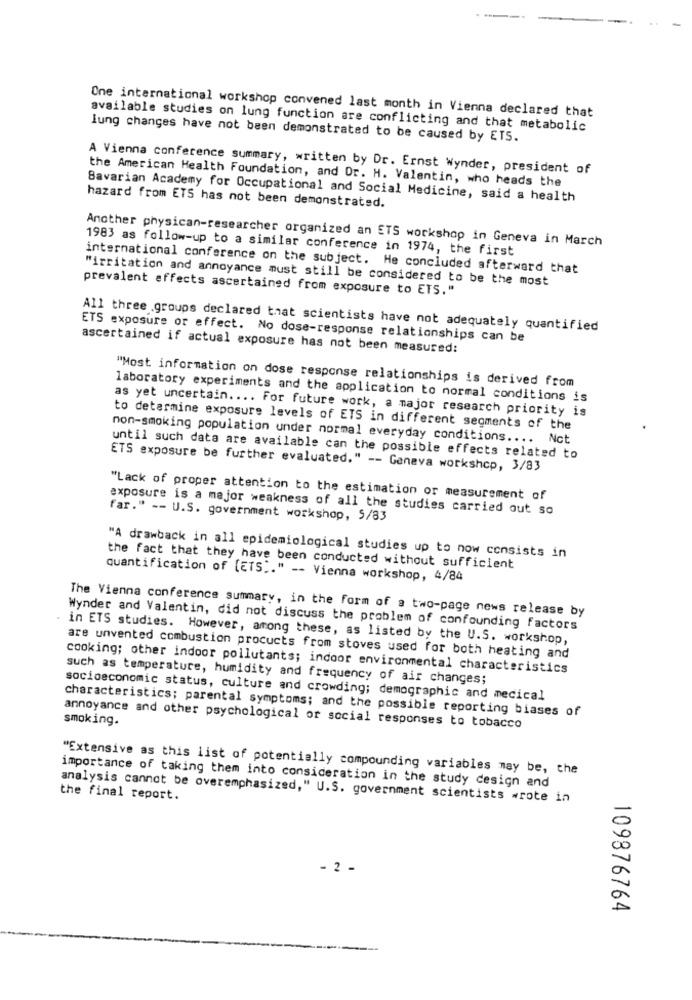
One international workshop convened last month in Vienna declared that
available studies on lung function are conflicting and that metabolic
lung changes have not been demonstrated to be caused by ETS.
A Vienna conference summary, written by Dr. Ernst Wynder, president of
the American Health Foundation, and Or. H. Valentin, who heads the
Bavarian Academy for Occupational and Social Medicine, said a health
hazard from ETS has not been demonstrated.
Another physican-researcher organized an ETS workshop in Geneva in March
1983 as follow-up to a similar conference in 1974, the first
international conference on the subject. He concluded afterward that
"irritation and annoyance must still be considered to be the most
prevalent effects ascertained from exposure to ETS."
All three groups declared that scientists have not adequately quantified
ETS exposure or effect. No dose-response relationships can be
ascertained if actual exposure has not been measured:
"Most information on dose response relationships is derived from
laboratory experiments and the application to normal conditions is
as yet uncertain .... For future work, a major research priority is
to determine exposure levels of ETS in different segments of the
non-smoking population under normal everyday conditions .... Nct
until such data are available can the possible effects related to
ETS exposure be further evaluated." -- Geneva workshop, 3/83
"Lack of proper attention to the estimation or measurement of
exposure is a major weakness of all the studies carried out so
far." -- U.S. government workshop, 5/83
"A drawback in all epidemiological studies up to now consists in
the fact that they have been conducted without sufficient
quantification of [ETS"." -- Vienna workshop, 4/84
The Vienna conference summary, in the form of a two-page news release by
Wynder and Valentin, did not discuss the problem of confounding factors
in ETS studies. However, among these, as listed by the U.S. workshop,
are unvented combustion procucts from stoves used for both heating and
cooking; other indoor pollutants; indoor environmental characteristics
such as temperature, humidity and frequency of air changes;
socioeconomic status, culture and crowding; demographic and medical
characteristics; parental symptoms; and the possible reporting biases of
smoking.
annoyance and other psychological or social responses to tobacco
"Extensive as this list of potentially compounding variables may be, the
importance of taking them into consideration in the study design and
the final report.
analysis cannot be overemphasized," U.S. government scientists wrote in
- 2 -
109876764